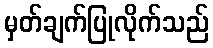
မှတ်ချက်ပြုလိုက်သည်